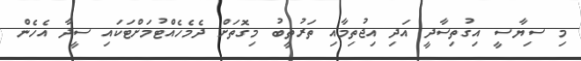
މި ސިޔާސީ އިގުތިސާދީ އަދި އިޖުތިމާއި ތަރުތީބު މިގޮތަށް ދެމެހެއްޓުމަށްޓަކައި ސީދާ އެހެން